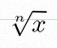
\sqrt[n]{x}